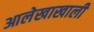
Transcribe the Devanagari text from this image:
आलेखाखाली